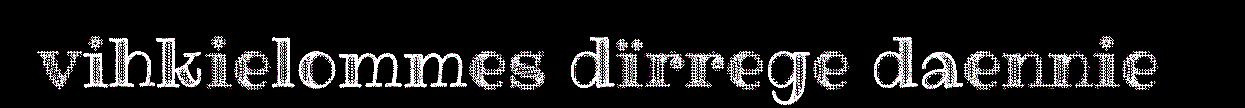
vihkielommes dïrrege daennie